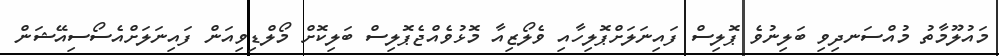
މައުލޫމާތު މުއްސަނދިވި ބަލިނުވެ ޕޮލިސް ފައިނަލަށްޕޮލިހާއި ވެލޯޒިއާ މޮޅުވެއްޖެޕޮލިސް ބަލިކޮށް މޯލްޑިވިއަން ފައިނަލަށްއެސޯސިއޭޝަން